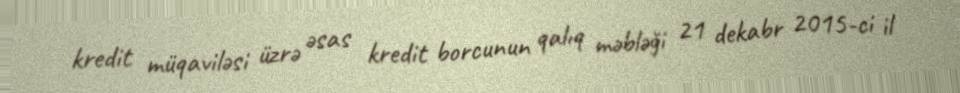
kredit müqaviləsi üzrə əsas kredit borcunun qalıq məbləği 21 dekabr 2015-ci il